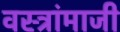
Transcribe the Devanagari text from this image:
वस्त्रांमाजी